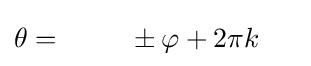
\theta ={\phantom {-1\quad }}\pm \varphi +2\pi k{\phantom {+\pi }}